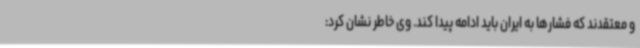
و معتقدند که فشارها به ایران باید ادامه پیدا کند. وی خاطر نشان کرد: